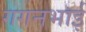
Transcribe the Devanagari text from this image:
गगनभाई